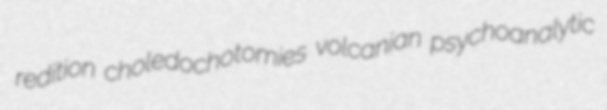
redition choledochotomies volcanian psychoanalytic